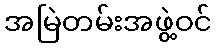
အမြဲတမ်းအဖွဲ့ဝင်